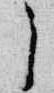
之